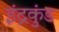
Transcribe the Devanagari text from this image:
इंद्रकुंड